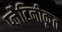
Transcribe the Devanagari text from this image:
प्लैटिनीकृत